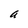
Character: a